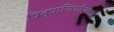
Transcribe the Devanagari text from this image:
पितृपाणिपरिष्कारो